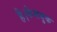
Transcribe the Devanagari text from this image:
है।फेसबुक